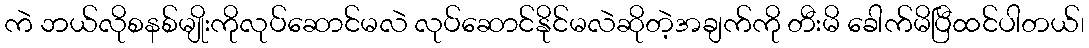
ကဲ ဘယ်လိုစနစ်မျိုးကိုလုပ်ဆောင်မလဲ လုပ်ဆောင်နိုင်မလဲဆိုတဲ့အချက်ကို တီးမိ ခေါက်မိပြီထင်ပါတယ်၊